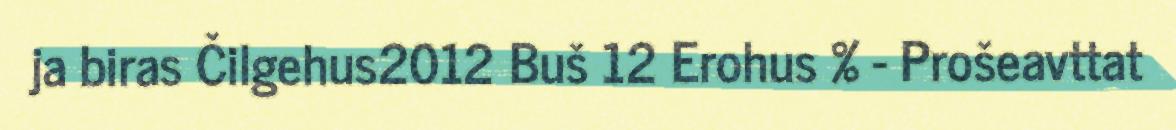
ja biras Čilgehus2012 Buš 12 Erohus % - Prošeavttat